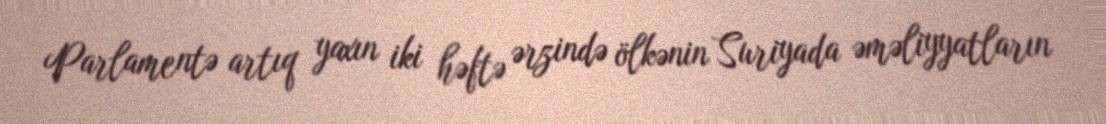
Parlamentə artıq yaxın iki həftə ərzində ölkənin Suriyada əməliyyatların